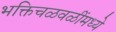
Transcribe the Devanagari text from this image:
भक्तिचळवळींमध्ये